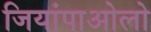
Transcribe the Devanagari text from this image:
जियांपाओलो